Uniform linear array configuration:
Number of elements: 8
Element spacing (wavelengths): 0.25
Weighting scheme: exponential
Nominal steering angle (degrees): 30
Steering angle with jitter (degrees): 30.078
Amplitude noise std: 0.05
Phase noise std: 0.05

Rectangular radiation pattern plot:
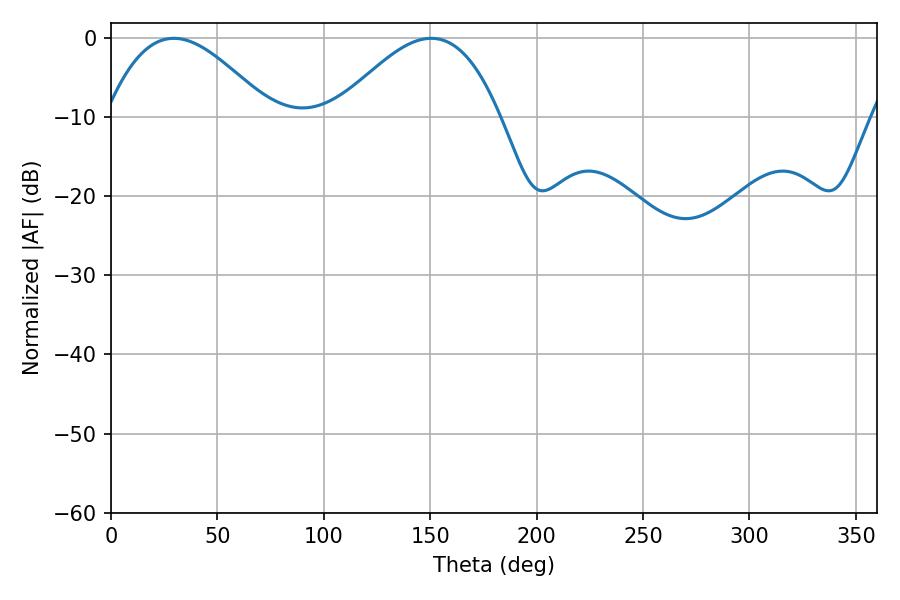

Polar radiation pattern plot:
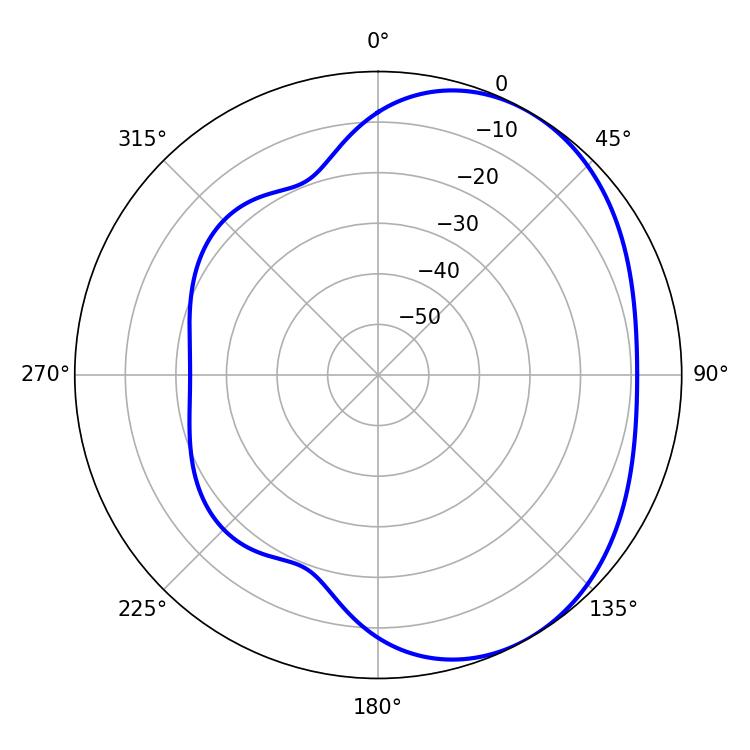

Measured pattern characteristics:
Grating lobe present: FALSE
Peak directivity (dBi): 3.623
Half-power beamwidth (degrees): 41.76
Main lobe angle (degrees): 29.52